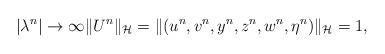
LaTeX: \begin{align*}|\lambda^n|\to \infty\|U^n\|_{\mathcal{H}}=\|(u^n,v^n,y^n,z^n,w^n,\eta^n)\|_{\mathcal{H}}=1,\end{align*}